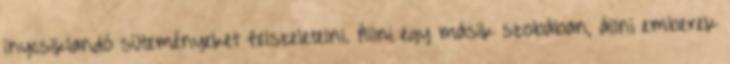
ínycsiklandó süteményeket felszeletelni. Állni egy másik szobában, állni emberek